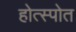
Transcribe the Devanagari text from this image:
होत्स्पोत